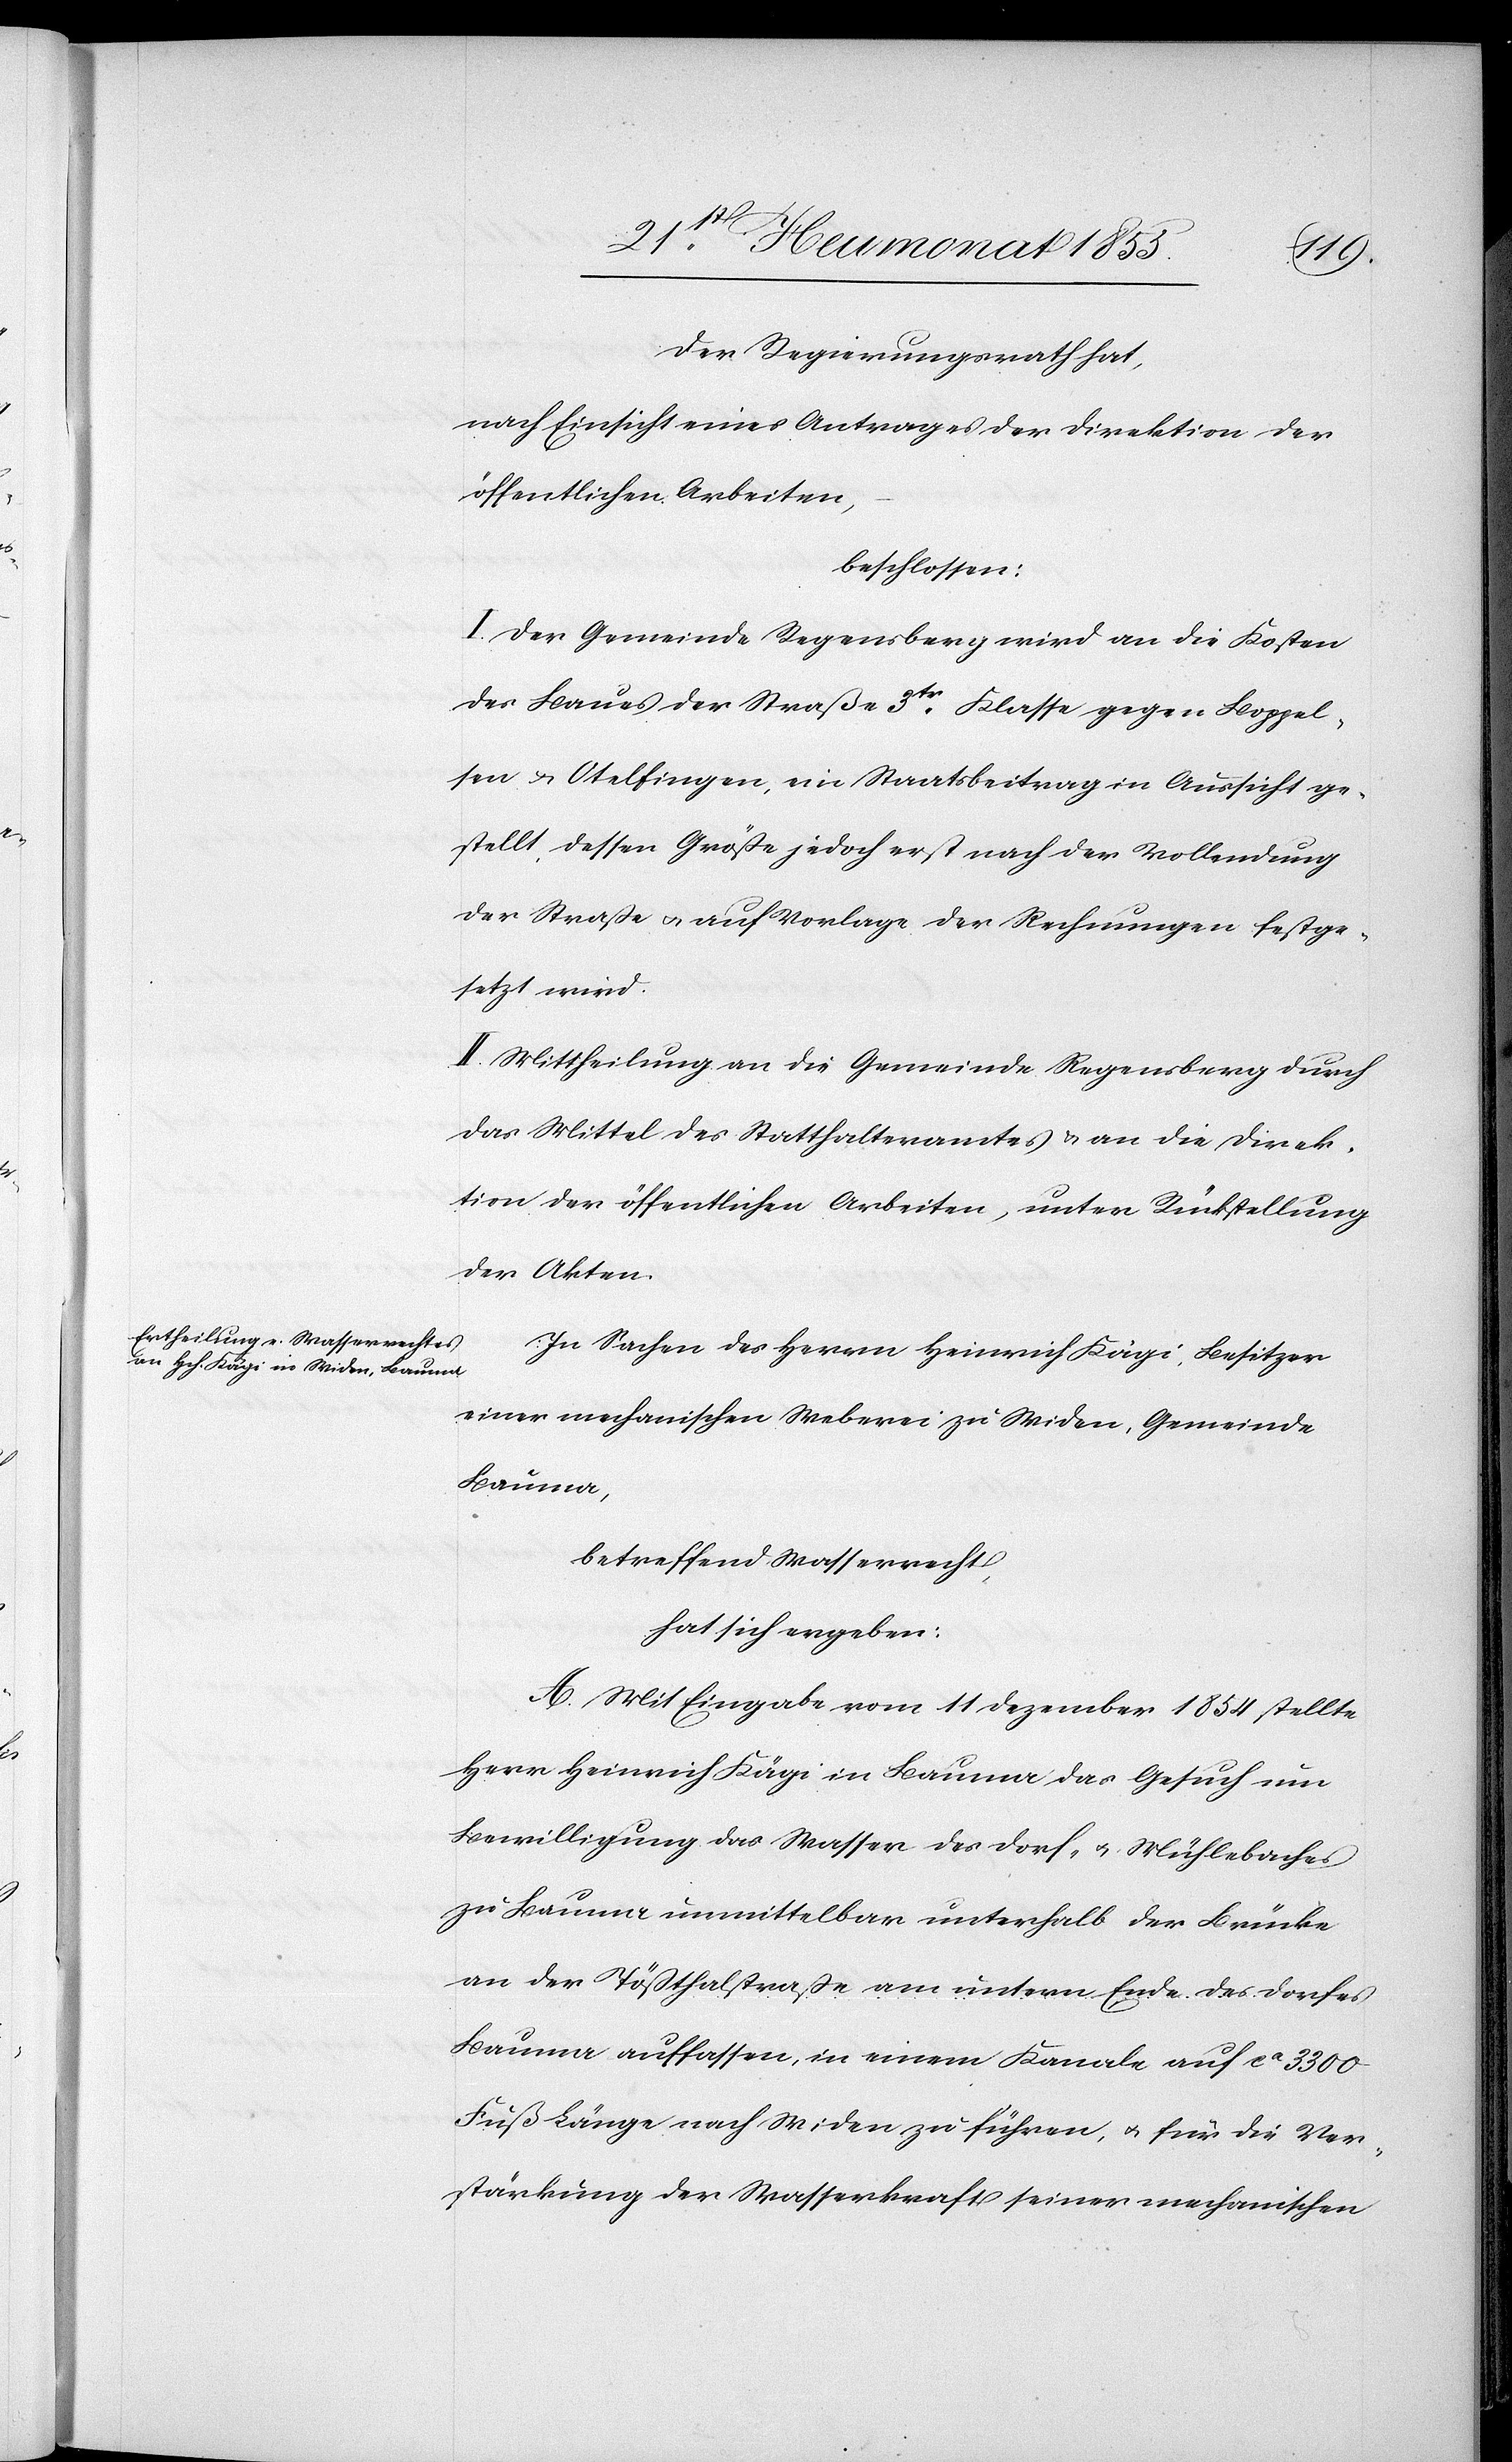
Der Regierungsrath hat,
nach Einsicht eines Antrages der Direktion der
öffentlichen Arbeiten,
beschlossen:
I. Der Gemeinde Regensberg wird an die Kosten
des Baues der Straße 3tr. Klasse gegen Boppel¬
sen & Otelfingen, ein Staatsbeitrag in Aussicht ge¬
stellt, dessen Größe jedoch erst nach der Vollendung
der Straße & auf Vorlage der Rechnungen festge¬
setzt wird.
II. Mittheilung an die Gemeinde Regensberg durch
das Mittel des Statthalteramtes & an die Direk¬
tion der öffentlichen Arbeiten, unter Rückstellung
der Akten.
In Sachen des Herrn Heinrich Kägi, Besitzer
einer mechanischen Weberei zu Widen, Gemeinde
Bauma,
betreffend Wasserrecht,
hat sich ergeben:
A. Mit Eingabe vom 11 Dezember 1854 stellte
Herr Heinrich Kägi in Bauma das Gesuch um
Bewilligung das Wasser des Dorf- & Mühlebaches
zu Bauma unmittelbar unterhalb der Brücke
an der Tößthalstraße am untern Ende des Dorfes
Bauma auffassen, in einem Kanale auf ca 3300
Fuß Länge nach Widen zu führen, & für die Ver¬
stärkung der Wasserkraft seiner mechanischen